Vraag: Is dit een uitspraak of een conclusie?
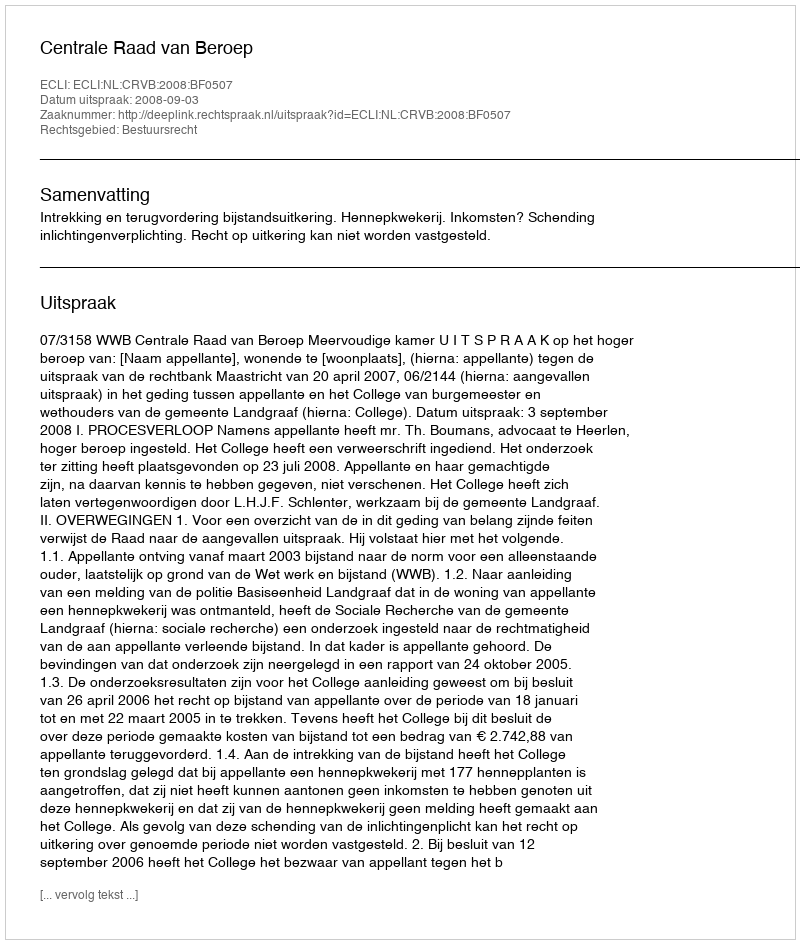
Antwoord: Uitspraak